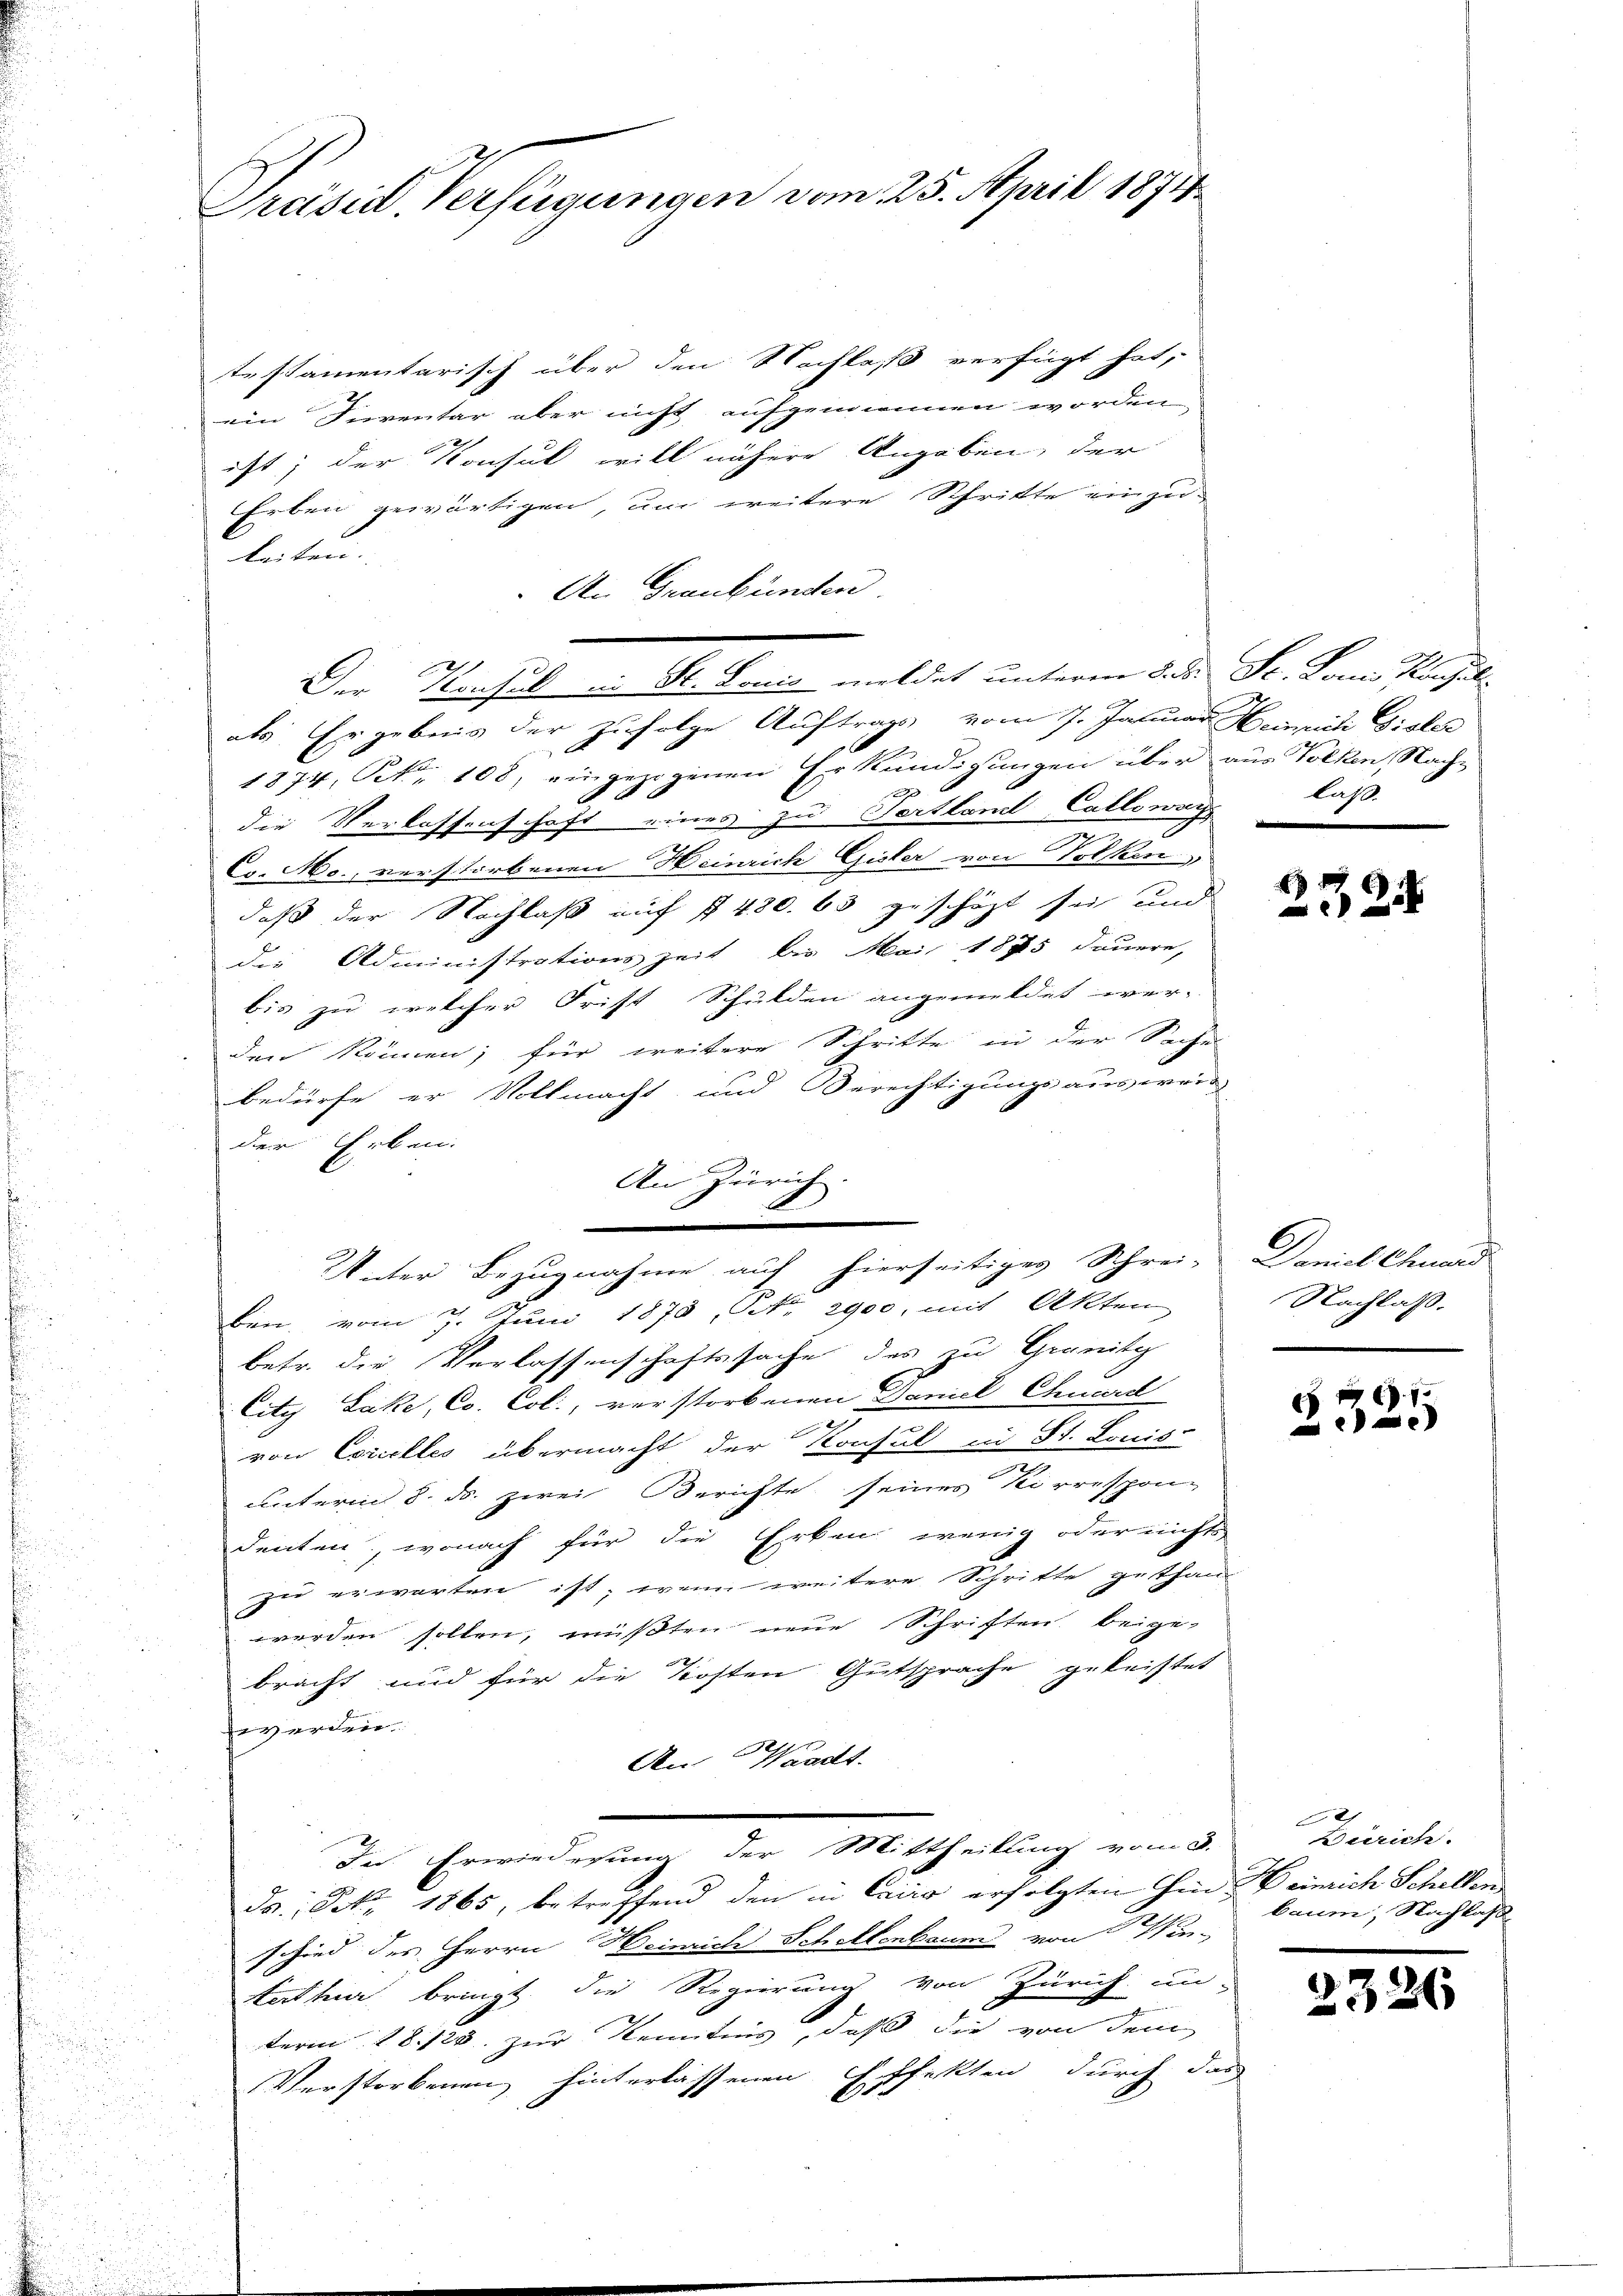
Präsid. Verfügungen vom 25. April 1874

testamentarisch über den Nachlaß verfügt hat,
ein Serentar aber nicht aufgenommen worden
ist; der Konsul will nähere Angaben, der
Erben gewärtigen, um weitere Schritte einzu-
leiten.
An Graubünden.
als Ergebnis der zufolge Auftrags vom 7. Januar Heinrich Gisler
1874, Art. 108, eingezogenen Erkundigungen über aus Volken, Nach¬
10 x
die Verlassenschaft eines zu Tertlant Callowar
C. Mo., verstorbenen Heinrich Gisler von Volken,
daß der Nachlaß auf § 480. 63 geschäzt sei und
die Administrationszeit bis Mai 1875 dauere,
bis zu welcher Frist Schulden angemeldet wer-
den können; für weitere Schritte in der Sache
bedürfe er Vollmacht und Berechtigungsausweis
der Erben.
An Zürich
.
Unter Bezugnahme auf hierseitiges Schrei- Daniel Chunrd
ben, vom 7. Juni 1878, No. 2900. mit Akten
betr. die Verlassenschaftssache des zu Granitz
City Lake, Co. Col., verstorbenen Daniel Chuard
von Esicelles übermacht der Konsul in St. Louis-
s
unterm 8. ds. zwei Berichte seines Korrespon-
denten, wonach für die Erken wenig oder nichts
zu erwarten ist; wenn weitere Schritte gethan
werden sollen, müßten neue Schriften beige-
bracht und für die Kosten Gutsprache geleistet
werden.
An Waadt.
i
In Erwiederung der Mittheilung vom 3.

da. NNo. 1865, betreffend den in Cairo erfolgten hineinrich Schelten
schied des Herrn Heinrich Schellenbaum von Wintothur bringt, die Regierung von Zürich un-
term 18. 128. zur Kenntnis, daß die von dem
Verstorbenen hinterlassenen Effekten durch das

Der Konsul in St. Lonia meldet unterm 5. d. Se. Louis Konsul

A

laß

9
24

Nachlaß.
4

167.

Zürich.
baum, Nachlas

232